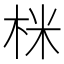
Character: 𭩽